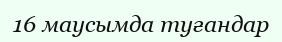
16 маусымда туғандар